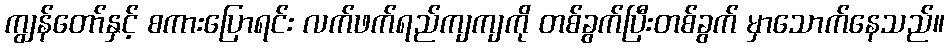
ကျွန်တော်နှင့် စကားပြောရင်း လက်ဖက်ရည်ကျကျကို တစ်ခွက်ပြီးတစ်ခွက် မှာသောက်နေသည်။